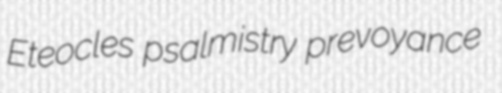
Eteocles psalmistry prevoyance